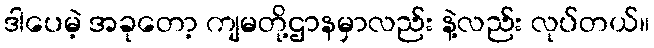
ဒါပေမဲ့ အခုတော့ ကျမတို့ဌာနမှာလည်း နဲ့လည်း လုပ်တယ်။